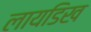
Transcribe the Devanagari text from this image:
लायडिख